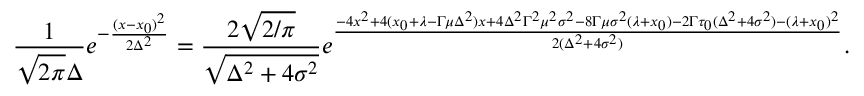
{ \frac { 1 } { \sqrt { 2 \pi } \Delta } } e ^ { - { \frac { ( x - x _ { 0 } ) ^ { 2 } } { 2 \Delta ^ { 2 } } } } = { \frac { 2 \sqrt { 2 / \pi } } { \sqrt { \Delta ^ { 2 } + 4 \sigma ^ { 2 } } } } e ^ { \frac { - 4 x ^ { 2 } + 4 ( x _ { 0 } + \lambda - \Gamma \mu \Delta ^ { 2 } ) x + 4 \Delta ^ { 2 } \Gamma ^ { 2 } \mu ^ { 2 } \sigma ^ { 2 } - 8 \Gamma \mu \sigma ^ { 2 } ( \lambda + x _ { 0 } ) - 2 \Gamma \tau _ { 0 } ( \Delta ^ { 2 } + 4 \sigma ^ { 2 } ) - ( \lambda + x _ { 0 } ) ^ { 2 } } { 2 ( \Delta ^ { 2 } + 4 \sigma ^ { 2 } ) } } .